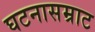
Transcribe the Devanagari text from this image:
घटनासम्राट